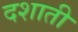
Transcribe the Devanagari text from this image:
दशाती